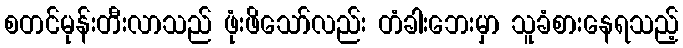
စတင်မုန်းတီးလာသည် ဖုံးဖိသော်လည်း တံခါးဘေးမှာ သူခံစားနေရသည့်